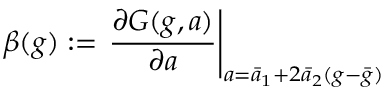
\beta ( g ) : = \left. \frac { \partial G ( g , a ) } { \partial a } \right| _ { a = \bar { a } _ { 1 } + 2 \bar { a } _ { 2 } ( g - \bar { g } ) }